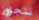
نتجاوز